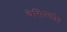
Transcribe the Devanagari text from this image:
येसिल्कोय